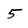
Character: 5